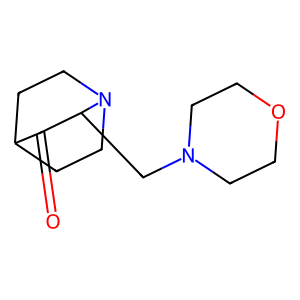
SMILES: O=C1C2CCN(CC2)C1CN1CCOCC1
Inhibits HIV replication: No